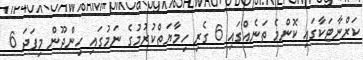
ކަރްނާޓަކާގައި ކޮންމެ ތަނެއްގައި 6 ގެރި ހިމާޔަތްކުރުމުގެ ނަމުގައި ހިންދޫން މިފަދަ 6